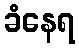
ခံနေရ